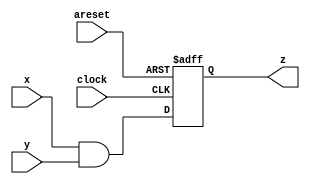
module reg_and_arst(
  input  wire clock,
  input  wire areset,
  input  wire x,
  input  wire y,
  output reg  z
);
  always @(posedge clock, posedge areset) begin
    if (areset)
	    z <= 0;
    else
    	z <= x & y;
  end
endmodule